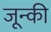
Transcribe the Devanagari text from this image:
जून्की